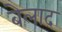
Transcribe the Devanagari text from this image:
बेलाद